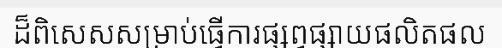
ដ៏ពិសេសសម្រាប់ធ្វើការផ្សព្វផ្សាយផលិតផល